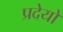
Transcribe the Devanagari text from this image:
प्रदेयों